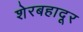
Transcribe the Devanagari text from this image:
शेरबहादूर